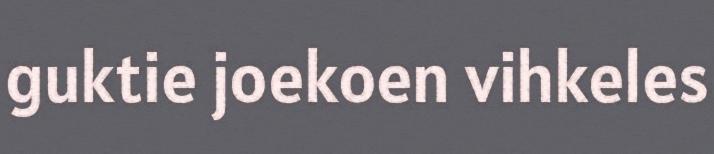
guktie joekoen vihkeles